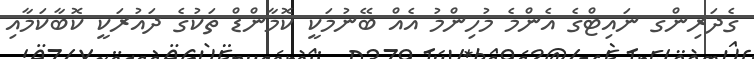
ގެދަރިންގ ނައިޓްގެ އެންމެ މުހިންމު އެއް ބޭނުމަކީ ކޮމާންޑް ތަކުގެ ދައުރަކީ ކޮބާކަމާއި